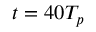
t = 4 0 T _ { p }